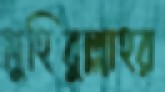
মুহিবুল্লাহর